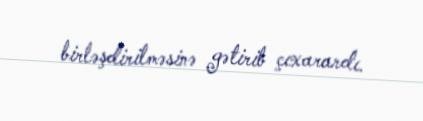
birləşdirilməsinə gətirib çıxarardı.